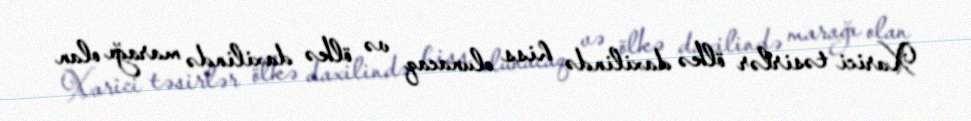
Xarici təsirlər ölkə daxilində hiss olunacaq və ölkə daxilində marağı olan